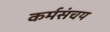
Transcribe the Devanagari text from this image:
कर्मसंचय